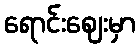
ရောင်းဈေးမှာ